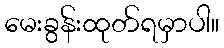
မေးခွန်းထုတ်ရမှာပါ။